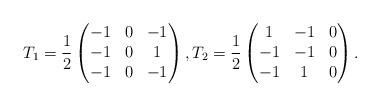
LaTeX: \begin{align*}T_1 = \dfrac{1}{2}\begin{pmatrix} -1 & 0 & -1 \\ -1 & 0 & 1 \\ -1 & 0 & -1 \end{pmatrix},T_2 = \dfrac{1}{2} \begin{pmatrix} 1 & -1 & 0 \\ -1 & -1 & 0 \\ -1 & 1 & 0 \end{pmatrix}.\end{align*}